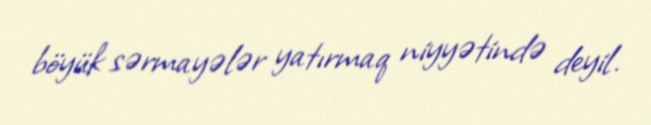
böyük sərmayələr yatırmaq niyyətində deyil.